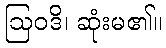
ဩဝဒိ၊ ဆုံးမ၏။